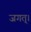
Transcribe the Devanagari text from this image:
जगत्।